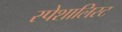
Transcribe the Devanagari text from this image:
स्पेशालिस्ट